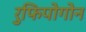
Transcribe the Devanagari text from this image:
रुफिपोगोन